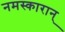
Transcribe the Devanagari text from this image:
नमस्कारान्